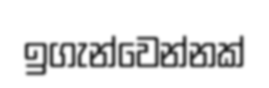
ඉගැන්වෙන්නක්